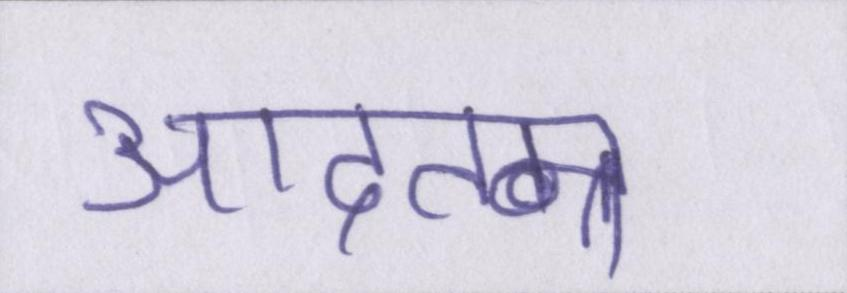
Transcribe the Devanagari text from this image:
आदतन